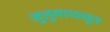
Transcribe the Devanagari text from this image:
जुलुमापासून